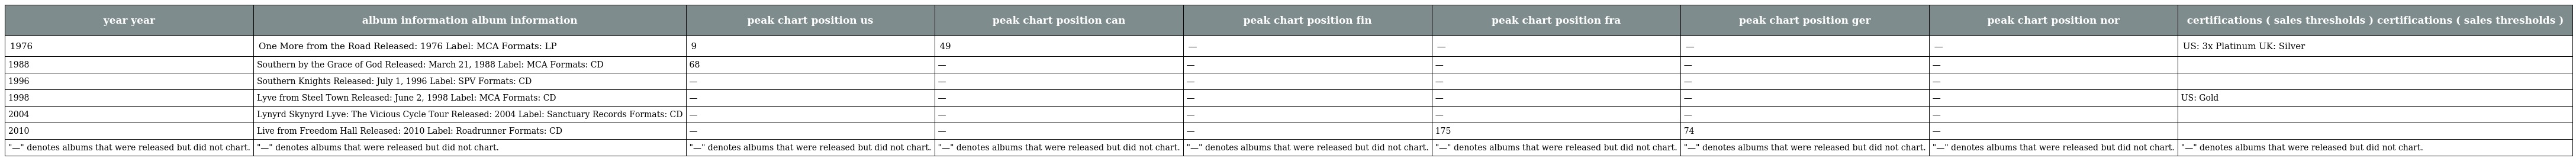
| year year | album information album information | peak chart position us | peak chart position can | peak chart position fin | peak chart position fra | peak chart position ger | peak chart position nor | certifications ( sales thresholds ) certifications ( sales thresholds ) |
 | --- | --- | --- | --- | --- | --- | --- | --- | --- |
 | 1976 | One More from the Road Released: 1976 Label: MCA Formats: LP | 9 | 49 | — | — | — | — | US: 3x Platinum UK: Silver |
 | 1988 | Southern by the Grace of God Released: March 21, 1988 Label: MCA Formats: CD | 68 | — | — | — | — | — |  |
 | 1996 | Southern Knights Released: July 1, 1996 Label: SPV Formats: CD | — | — | — | — | — | — |  |
 | 1998 | Lyve from Steel Town Released: June 2, 1998 Label: MCA Formats: CD | — | — | — | — | — | — | US: Gold |
 | 2004 | Lynyrd Skynyrd Lyve: The Vicious Cycle Tour Released: 2004 Label: Sanctuary Records Formats: CD | — | — | — | — | — | — |  |
 | 2010 | Live from Freedom Hall Released: 2010 Label: Roadrunner Formats: CD | — | — | — | 175 | 74 | — |  |
 | "—" denotes albums that were released but did not chart. | "—" denotes albums that were released but did not chart. | "—" denotes albums that were released but did not chart. | "—" denotes albums that were released but did not chart. | "—" denotes albums that were released but did not chart. | "—" denotes albums that were released but did not chart. | "—" denotes albums that were released but did not chart. | "—" denotes albums that were released but did not chart. | "—" denotes albums that were released but did not chart. |